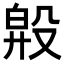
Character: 𣪞